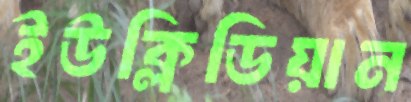
ইউক্লিডিয়ান